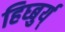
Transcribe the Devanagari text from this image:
हिघ्बुर्य्